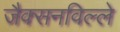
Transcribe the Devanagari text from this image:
जैक्सनविल्ले